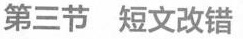
第三节 短文改错